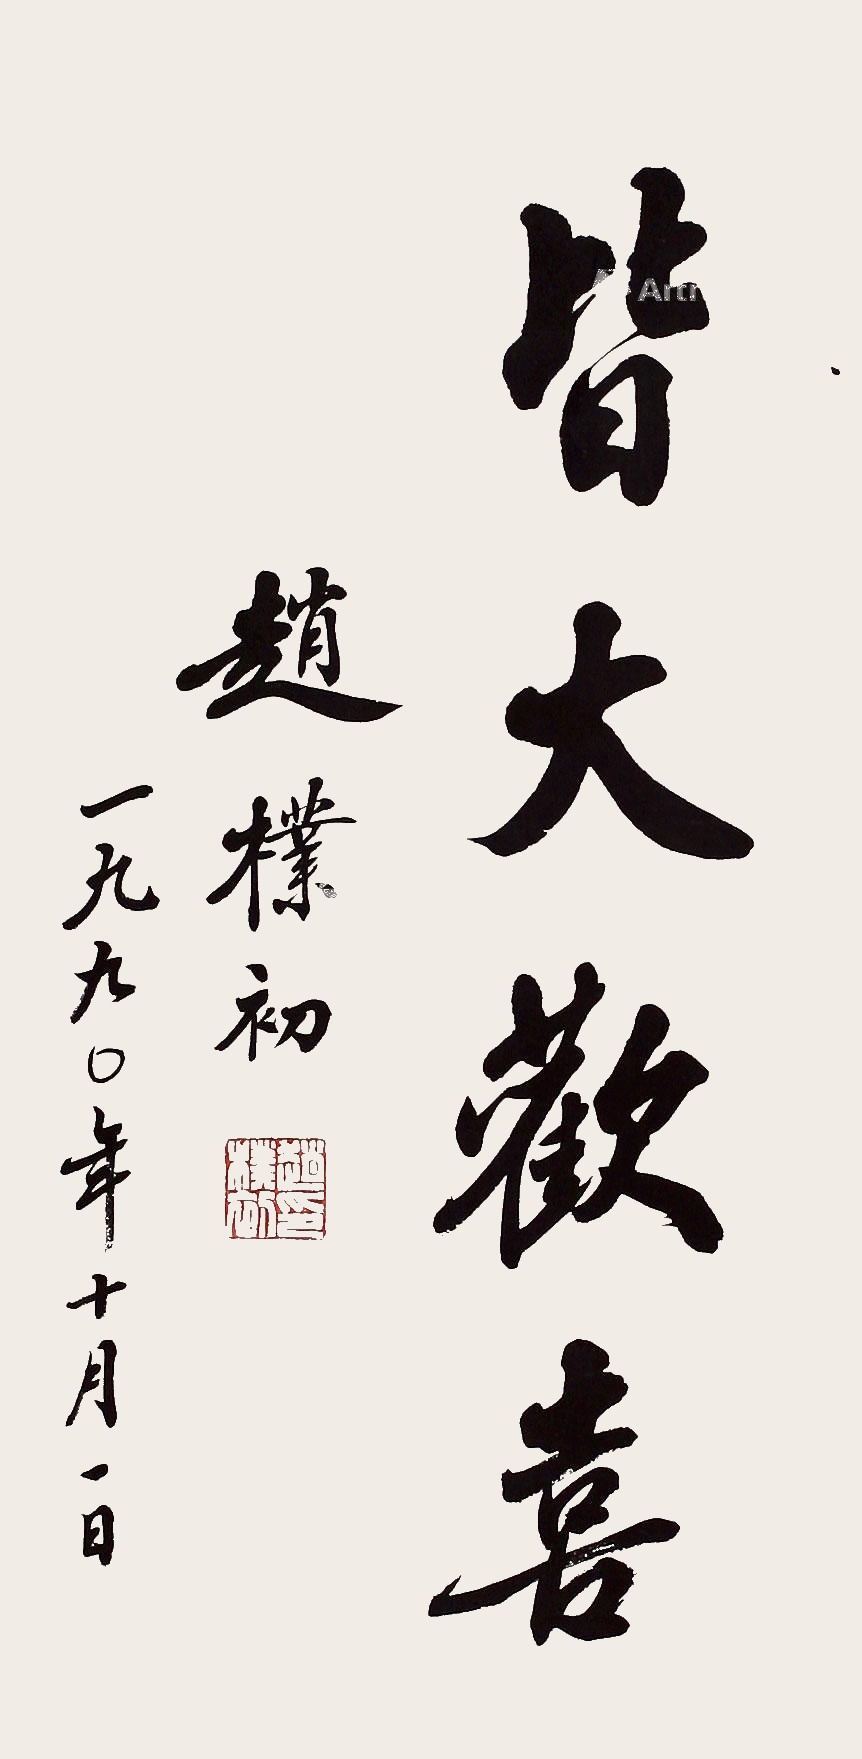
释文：皆大欢喜赵朴初，一九九0年十月一日。